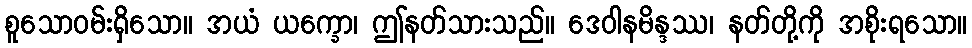
စူသောဝမ်းရှိသော။ အယံ ယက္ခော၊ ဤနတ်သားသည်။ ဒေဝါနမိန္ဒဿ၊ နတ်တို့ကို အစိုးရသော။